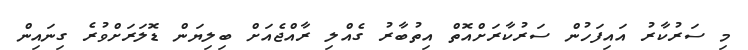
މި ސަރުކާރު އައިފަހުން ސަރުކާރަށްއޮތް އިތުބާރު ގެއްލި ރާއްޖެއަށް ބިލިޔަން ޑޮލަރަށްވުރެ ގިނައިން